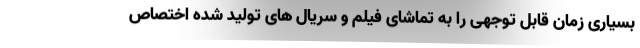
بسیاری زمان قابل توجهی را به تماشای فیلم و سریال های تولید شده اختصاص